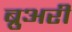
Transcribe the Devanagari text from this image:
ब्रुअरी